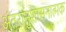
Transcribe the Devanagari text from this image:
अंतरानुशासनात्मक